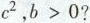
c^{2}，$$b>0$$?